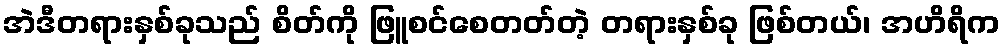
အဲဒီတရားနှစ်ခုသည် စိတ်ကို ဖြူစင်စေတတ်တဲ့ တရားနှစ်ခု ဖြစ်တယ်၊ အဟိရိက